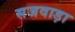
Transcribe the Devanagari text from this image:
सजवाड़ा